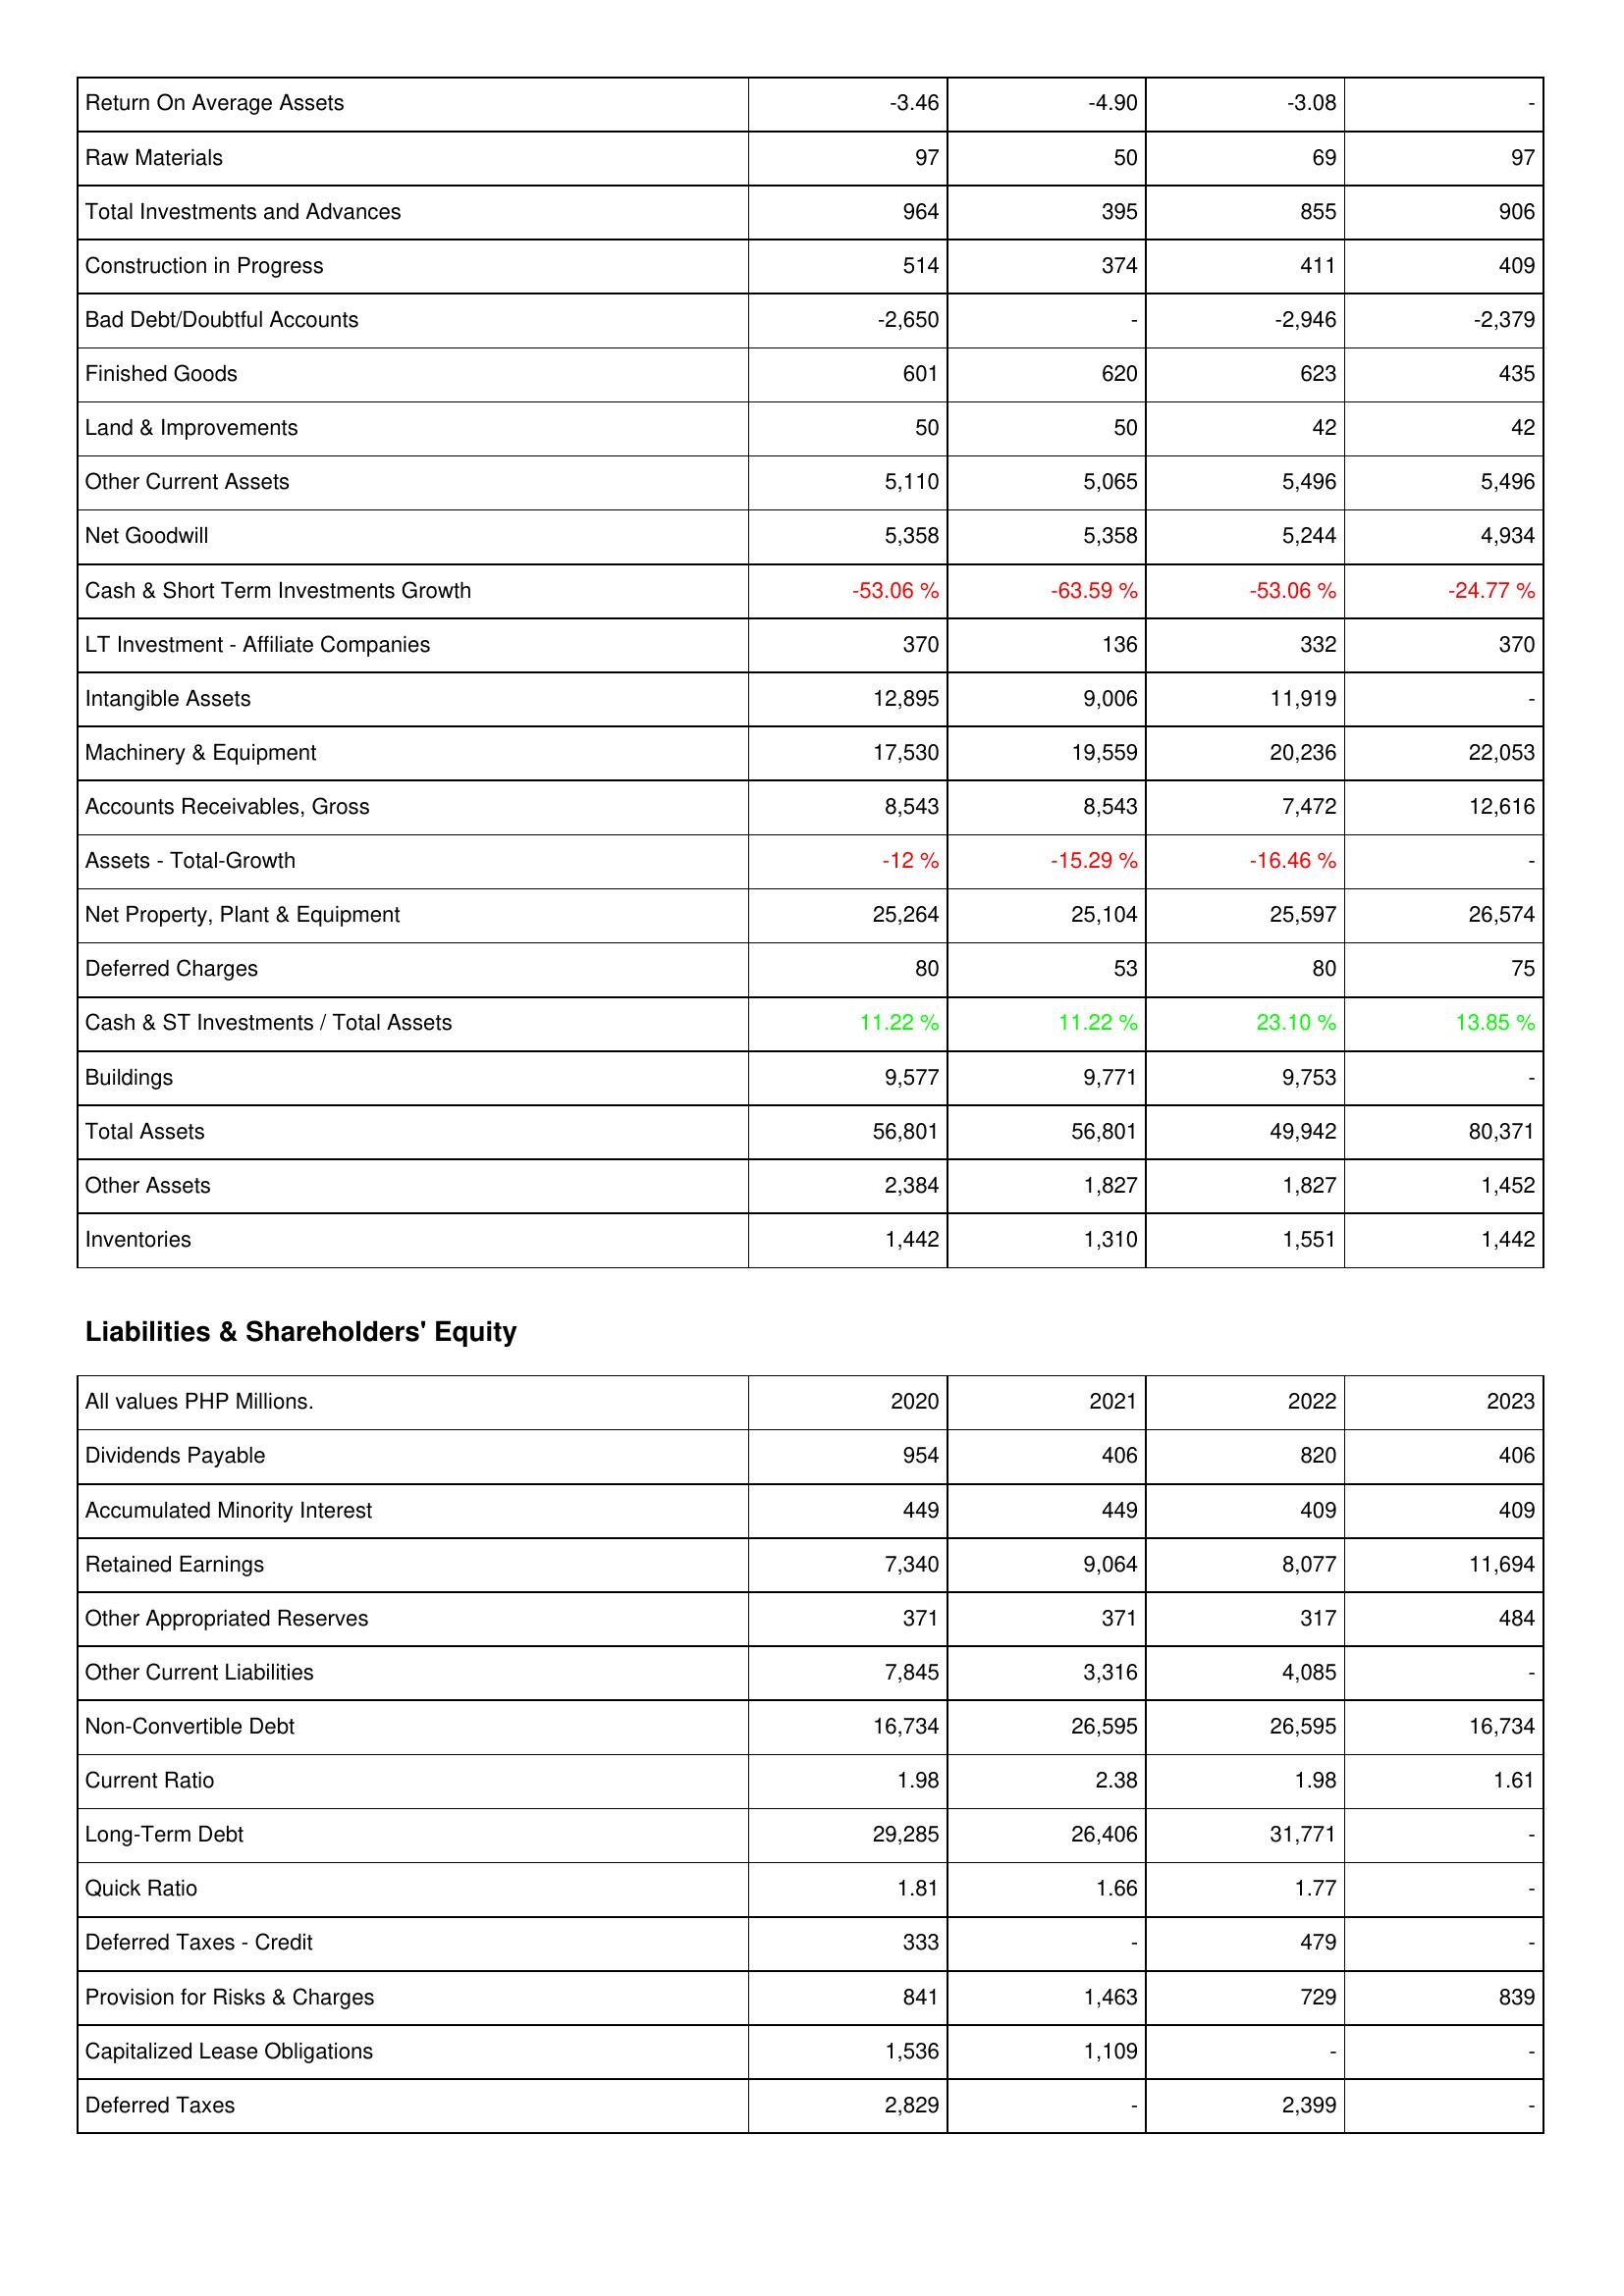
2020: Assets: Return On Average Assets: -3.46
Raw Materials: 97
Total Investments and Advances: 964
Construction in Progress: 514
Bad Debt/Doubtful Accounts: -2,650
Finished Goods: 601
Land & Improvements: 50
Other Current Assets: 5,110
Net Goodwill: 5,358
Cash & Short Term Investments Growth: -53.06 %
LT Investment - Affiliate Companies: 370
Intangible Assets: 12,895
Machinery & Equipment: 17,530
Accounts Receivables, Gross: 8,543
Assets - Total-Growth: -12 %
Net Property, Plant & Equipment: 25,264
Deferred Charges: 80
Cash & ST Investments / Total Assets: 11.22 %
Buildings: 9,577
Total Assets: 56,801
Other Assets: 2,384
Inventories: 1,442
Liabilities & Shareholders' Equity: Dividends Payable: 954
Accumulated Minority Interest: 449
Retained Earnings: 7,340
Other Appropriated Reserves: 371
Other Current Liabilities: 7,845
Non-Convertible Debt: 16,734
Current Ratio: 1.98
Long-Term Debt: 29,285
Quick Ratio: 1.81
Deferred Taxes - Credit: 333
Provision for Risks & Charges: 841
Capitalized Lease Obligations: 1,536
Deferred Taxes: 2,829
2021: Assets: Return On Average Assets: -4.90
Raw Materials: 50
Total Investments and Advances: 395
Construction in Progress: 374
Bad Debt/Doubtful Accounts: -
Finished Goods: 620
Land & Improvements: 50
Other Current Assets: 5,065
Net Goodwill: 5,358
Cash & Short Term Investments Growth: -63.59 %
LT Investment - Affiliate Companies: 136
Intangible Assets: 9,006
Machinery & Equipment: 19,559
Accounts Receivables, Gross: 8,543
Assets - Total-Growth: -15.29 %
Net Property, Plant & Equipment: 25,104
Deferred Charges: 53
Cash & ST Investments / Total Assets: 11.22 %
Buildings: 9,771
Total Assets: 56,801
Other Assets: 1,827
Inventories: 1,310
Liabilities & Shareholders' Equity: Dividends Payable: 406
Accumulated Minority Interest: 449
Retained Earnings: 9,064
Other Appropriated Reserves: 371
Other Current Liabilities: 3,316
Non-Convertible Debt: 26,595
Current Ratio: 2.38
Long-Term Debt: 26,406
Quick Ratio: 1.66
Deferred Taxes - Credit: -
Provision for Risks & Charges: 1,463
Capitalized Lease Obligations: 1,109
Deferred Taxes: -
2022: Assets: Return On Average Assets: -3.08
Raw Materials: 69
Total Investments and Advances: 855
Construction in Progress: 411
Bad Debt/Doubtful Accounts: -2,946
Finished Goods: 623
Land & Improvements: 42
Other Current Assets: 5,496
Net Goodwill: 5,244
Cash & Short Term Investments Growth: -53.06 %
LT Investment - Affiliate Companies: 332
Intangible Assets: 11,919
Machinery & Equipment: 20,236
Accounts Receivables, Gross: 7,472
Assets - Total-Growth: -16.46 %
Net Property, Plant & Equipment: 25,597
Deferred Charges: 80
Cash & ST Investments / Total Assets: 23.10 %
Buildings: 9,753
Total Assets: 49,942
Other Assets: 1,827
Inventories: 1,551
Liabilities & Shareholders' Equity: Dividends Payable: 820
Accumulated Minority Interest: 409
Retained Earnings: 8,077
Other Appropriated Reserves: 317
Other Current Liabilities: 4,085
Non-Convertible Debt: 26,595
Current Ratio: 1.98
Long-Term Debt: 31,771
Quick Ratio: 1.77
Deferred Taxes - Credit: 479
Provision for Risks & Charges: 729
Capitalized Lease Obligations: -
Deferred Taxes: 2,399
2023: Assets: Return On Average Assets: -
Raw Materials: 97
Total Investments and Advances: 906
Construction in Progress: 409
Bad Debt/Doubtful Accounts: -2,379
Finished Goods: 435
Land & Improvements: 42
Other Current Assets: 5,496
Net Goodwill: 4,934
Cash & Short Term Investments Growth: -24.77 %
LT Investment - Affiliate Companies: 370
Intangible Assets: -
Machinery & Equipment: 22,053
Accounts Receivables, Gross: 12,616
Assets - Total-Growth: -
Net Property, Plant & Equipment: 26,574
Deferred Charges: 75
Cash & ST Investments / Total Assets: 13.85 %
Buildings: -
Total Assets: 80,371
Other Assets: 1,452
Inventories: 1,442
Liabilities & Shareholders' Equity: Dividends Payable: 406
Accumulated Minority Interest: 409
Retained Earnings: 11,694
Other Appropriated Reserves: 484
Other Current Liabilities: -
Non-Convertible Debt: 16,734
Current Ratio: 1.61
Long-Term Debt: -
Quick Ratio: -
Deferred Taxes - Credit: -
Provision for Risks & Charges: 839
Capitalized Lease Obligations: -
Deferred Taxes: -